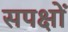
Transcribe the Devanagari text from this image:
सपक्षों